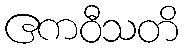
ဧကဝီသတိ